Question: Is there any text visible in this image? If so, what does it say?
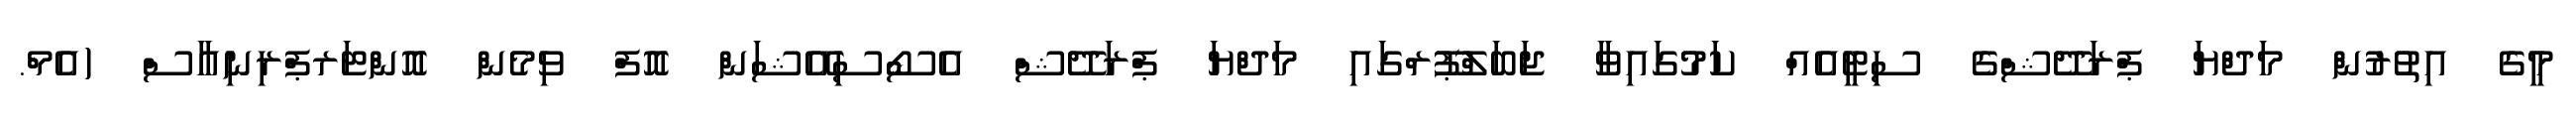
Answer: މީގެ އިތުރުން މަދްޔަ ޕްރަދޭޝްގެ ސިޓީއެއް ކަމުގައިވާ ޖަބަލްޕޫރްގައި މަދްޔަ ޕްރަދޭޝް އެސޯސިއޭޝަން އޮފް ވިމެން އޮންޓަރޕްރިނިއާސް (އެމް.